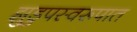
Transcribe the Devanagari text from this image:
झुडुपस्वरूपात